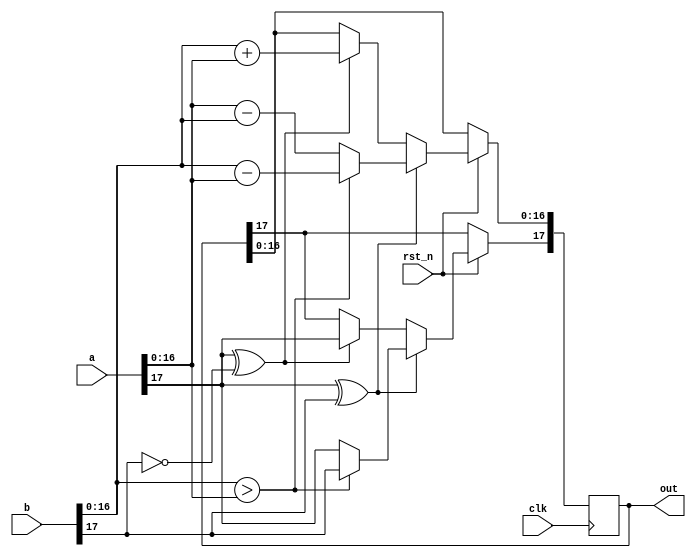
`timescale 1ns / 1ps
// adder for convolution

module adder#(parameter WIDTH = 9)
(
	input clk,
	input rst_n,
    input signed [2 * WIDTH - 1:0] a,
    input signed [2 * WIDTH - 1:0] b,

    output wire signed [2 * WIDTH - 1:0] out
);

reg [2 * WIDTH - 1:0] sum;

always@(posedge clk)
begin
	if(rst_n)
	begin
		if(a[2*WIDTH - 1] ^ b[2*WIDTH - 1] == 0)
		begin
			sum[2*WIDTH - 2:0] <= b[2*WIDTH - 2:0] + a[2*WIDTH - 2:0];
			sum[2*WIDTH - 1] <= a[2*WIDTH - 1];
		end
		if(a[2*WIDTH - 1] ^ b[2*WIDTH - 1] == 1)
		begin
			sum[2*WIDTH - 2:0] <= (b[2*WIDTH - 2:0] > a[2*WIDTH - 2:0])?(b[2*WIDTH - 2:0] - a[2*WIDTH - 2:0]):(a[2*WIDTH - 2:0] - b[2*WIDTH - 2:0]);
			sum[2*WIDTH - 1] <= (b[2*WIDTH - 2:0] > a[2*WIDTH - 2:0])?(b[2*WIDTH - 1]):(a[2*WIDTH - 1]);
		end
	end
end

assign out = sum;

endmodule